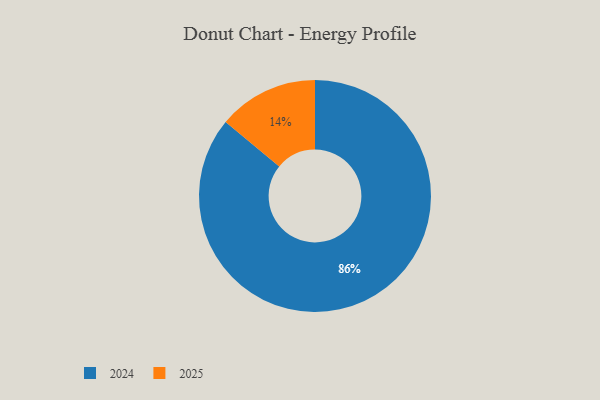
{"axis": {"x": "Category", "y": "Percentage"}, "legend": ["2024", "2025"], "data": [{"x": "2024", "y": 86, "type": "2024"}, {"x": "2025", "y": 14, "type": "2025"}]}